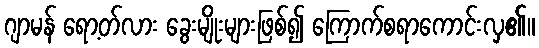
ဂျာမန် ရော့တ်လား ခွေးမျိုးများဖြစ်၍ ကြောက်စရာကောင်းလှ၏။